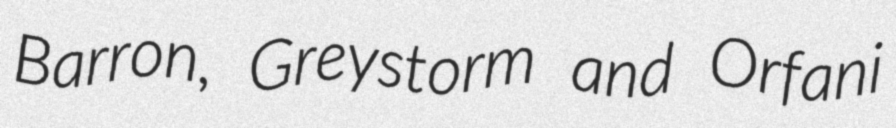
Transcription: Barron, Greystorm and Orfani